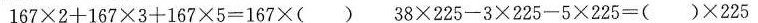
$$1 6 7 \times 2+1 6 7 \times 3 + 1 6 7 \times 5 = 1 6 7 \times ( )$$ $$38 \times 2 2 5 - 3 \times 2 2 5 - 5 \times 2 2 5 = ( ) \times 2 2 5$$